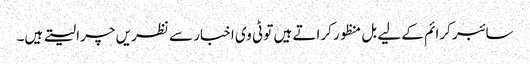
سائبر کرائم کے لیے بل منظور کراتے ہیں تو ٹی وی اخبار سے نظریں چرا لیتے ہیں۔